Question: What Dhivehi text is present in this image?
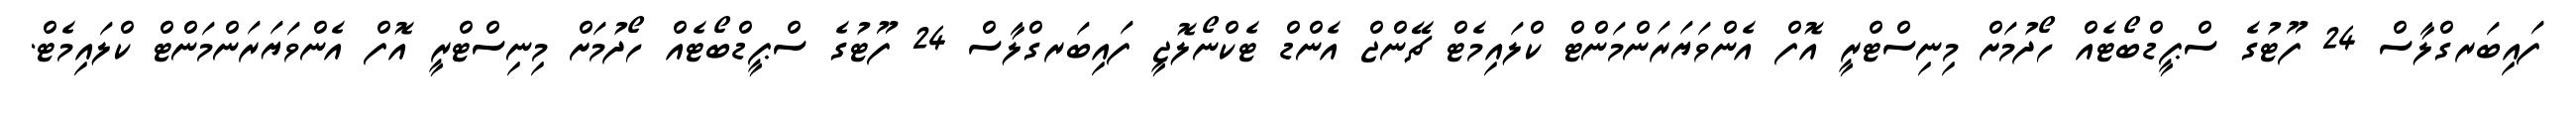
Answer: ފައިބަރގްލާސް 24 ފޫޓުގެ ސްޕީޑްބޯޓެއް ހޯދުމަށް މިނިސްޓްރީ އޮފް އެންވަޔަރަންމަންޓް ކްލައިމެޓް ޗޭންޖް އެންޑް ޓެކްނޯލޮޖީ ފައިބަރގްލާސް 24 ފޫޓުގެ ސްޕީޑްބޯޓެއް ހޯދުމަށް މިނިސްޓްރީ އޮފް އެންވަޔަރަންމަންޓް ކްލައިމެޓް.